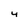
Character: 4